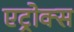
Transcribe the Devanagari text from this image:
एट्रोक्स